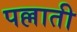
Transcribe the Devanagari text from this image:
पल्लाती